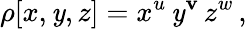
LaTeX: \rho[x,\mathit{y},z]=x^{u}\, \mathit{y}^{\mathbf{v}}\, z^{w}\, ,